Annual report on the Civil Veterinary Department, Burma (including the Insein Veterinary School) - 1923-1931
Year: 1923
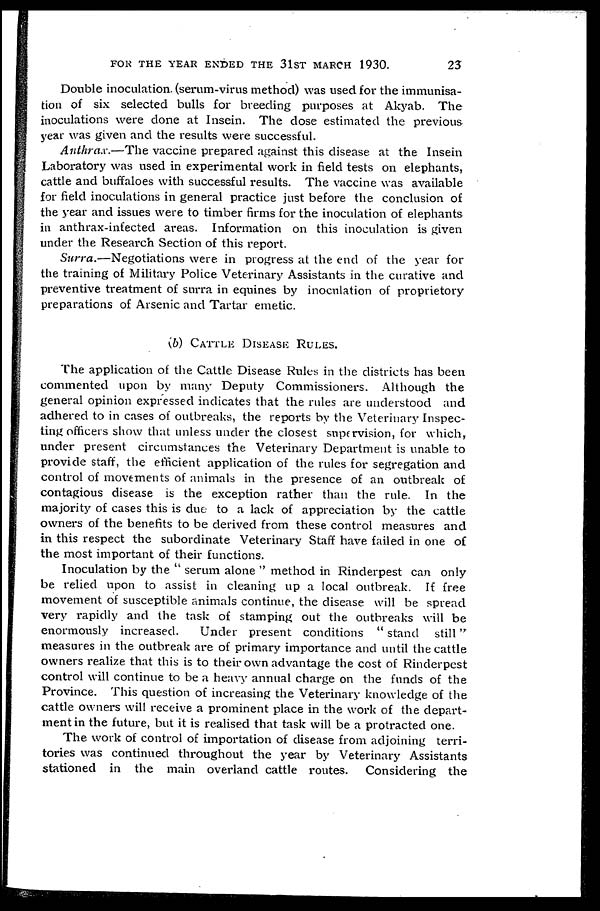
FOR THE YEAR ENDED THE 31ST MARCH 1930.
23
Double inoculation. (serum-virus method) was used for the immunisa-
tion of six selected bulls for breeding purposes at Akyab. The
inoculations were done at Insein. The dose estimated the previous
year was given and the results were successful.
Anthrax.—The vaccine prepared against this disease at the Insein
Laboratory was used in experimental work in field tests on elephants,
cattle and buffaloes with successful results. The vaccine was available
for field inoculations in general practice just before the conclusion of
the year and issues were to timber firms for the inoculation of elephants
in anthrax-infected areas. Information on this inoculation is given
under the Research Section of this report.
Surra.—Negotiations were in progress at the end of the year for
the training of Military Police Veterinary Assistants in the curative and
preventive treatment of surra in equines by inoculation of proprietory
preparations of Arsenic and Tartar emetic.
(b) CATTLE DISEASE RULES.
The application of the Cattle Disease Rules in the districts has been
commented upon by many Deputy Commissioners. Although the
general opinion expressed indicates that the rules are understood and
adhered to in cases of outbreaks, the reports by the Veterinary Inspec-
ting officers show that unless under the closest supervision, for which,
under present circumstances the Veterinary Department is unable to
provide staff, the efficient application of the rules for segregation and
control of movements of animals in the presence of an outbreak of
contagious disease is the exception rather than the rule. In the
majority of cases this is due to a lack of appreciation by the cattle
owners of the benefits to be derived from these control measures and
in this respect the subordinate Veterinary Staff have failed in one of
the most important of their functions.
Inoculation by the "serum alone" method in Rinderpest can only
be relied upon to assist in cleaning up a local outbreak. If free
movement of susceptible animals continue, the disease will be spread
very rapidly and the task of stamping out the outbreaks will be
enormously increased.
Under present conditions "stand
still"
measures in the outbreak are of primary importance and until the cattle
owners realize that this is to their own advantage the cost of Rinderpest
control will continue to be a heavy annual charge on the funds of the
Province. This question of increasing the Veterinary knowledge of the
cattle owners will receive a prominent place in the work of the depart-
ment in the future, but it is realised that task will be a protracted one.
The work of control of importation of disease from adjoining terri-
tories was continued throughout the year by Veterinary Assistants
stationed in the main overland cattle routes. Considering the